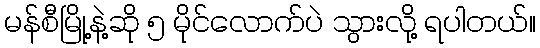
မန်စီမြို့နဲ့ဆို ၅ မိုင်လောက်ပဲ သွားလို့ ရပါတယ်။